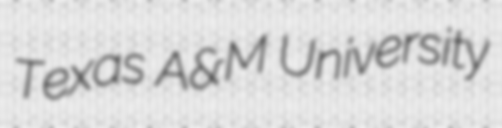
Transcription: Texas A&M University